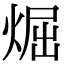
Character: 煀